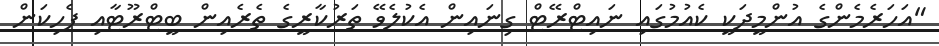
"އަހަރެމެންގެ އުންމީދަކީ ކެއުމުގައި ނައިޓްރޭޓް ގިނައިން އެކުލެވޭ ތަރުކާރީގެ ތެރެއިން ބީޓްރޫޓާއި ފެހިކަން